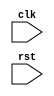
module your_module (
  input wire clk,
  input wire rst,
  // other input/output ports
);

// declare registers and wires

always @ (posedge rst)
begin
  // perform actions upon reset signal assertion
end

// other code

endmodule